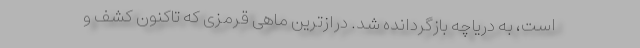
است، به دریاچه بازگردانده شد. درازترین ماهی قرمزی که تاکنون کشف و